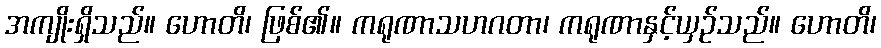
အကျိုးရှိသည်။ ဟောတိ၊ ဖြစ်၏။ ကရုဏာသဟဂတာ၊ ကရုဏာနှင့်ယှဉ်သည်။ ဟောတိ၊